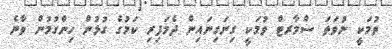
ވުމަކީ ނުވަތަ ސްމާރޓް ވުމަކީ ގިނަގިނައިން ދެމަފިރި ކަމުގެ ގުޅުން ހިންގުމުން ވާނެ